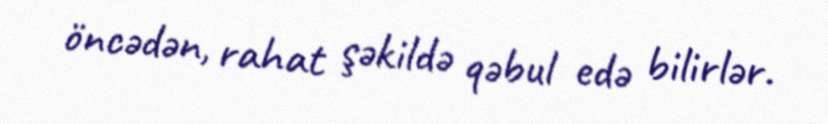
öncədən, rahat şəkildə qəbul edə bilirlər.